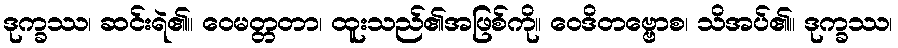
ဒုက္ခဿ၊ ဆင်းရဲ၏။ ဝေမတ္တတာ၊ ထူးသည်၏အဖြစ်ကို။ ဝေဒိတဗ္ဗောစ၊ သိအပ်၏။ ဒုက္ခဿ၊